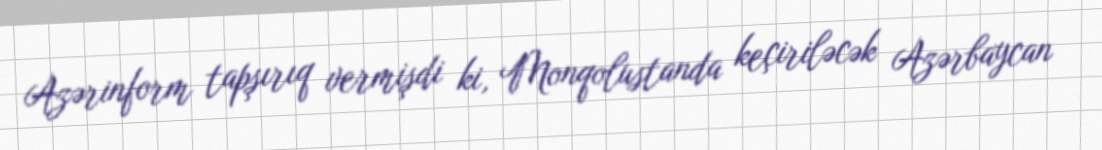
Azərinform tapşırıq vermişdi ki, Monqolustanda keçiriləcək Azərbaycan